Report on enteric fever
Disease focus: Fever
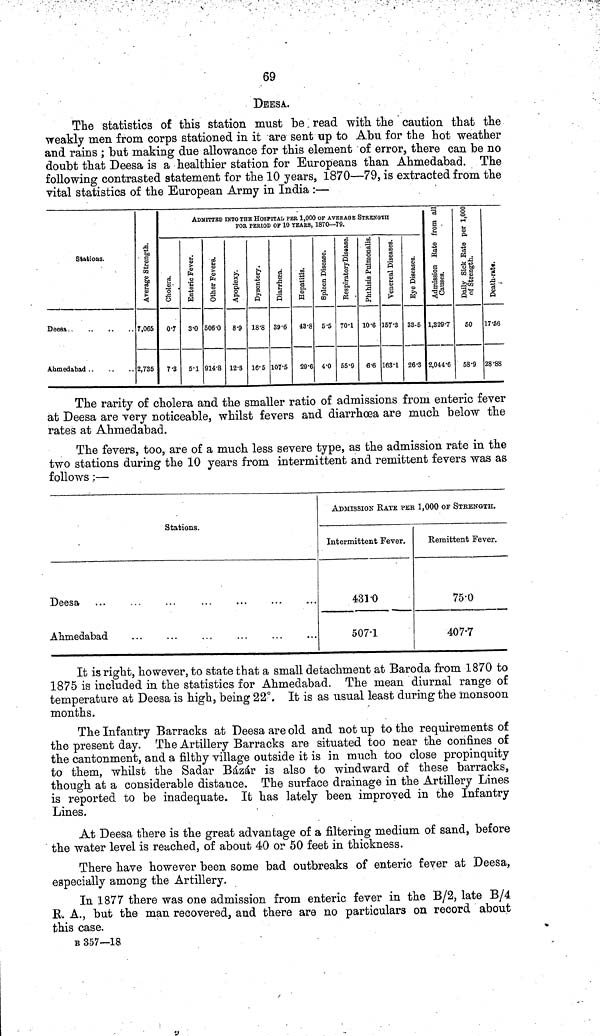
69
DEESA.
The statistics of this station must be read with the caution that the
weakly men from corps stationed in it are sent up to Abu for the hot weather
and rains; but making due allowance for this element of error, there can be no
doubt that Deesa is a healthier station for Europeans than Ahmedabad. The
following contrasted statement for the 10 years, 1870—79, is extracted from the
vital statistics of the European Army in India :—
Stations.
Deesa
Ahmedabad . .
Average Strength.
7,065
2,735
ADMITTED INTO THE HOSPITAL PER 1,000 OP AVERAGE STRENGTH
FOR PERIOD OF 10 YEARS, 1870—79.
Cholera.
0 7
7 3
Enteric Fever.
3 0
5 1
506 0
914 8
Apoplexy.
8 9
12 8
Dysentery.
18 8
16 5
Diarrhœa.
39 6
107 5
Hepatitls.
43 8
29 6
Spleen Disease.
5 5
4 0
Respiratory Disease.
70 1
55 9
Phthisis Pulmonalis.
10 6
6 6
Vernereal Diseases.
157 3
163 1
Eye Diseases.
33 5
26 3
Admission Rate fr
causes.
1,329 7
2,044 6
Daily Suck Rate per 1,00
of Strength.
50
58 9
Death rate.
17 36
28 88
The rarity of cholera and the smaller ratio of admissions from enteric fever
at Deesa are very noticeable, whilst fevers and diarrhoea are much below the
rates at Ahmedabad.
The fevers, too, are of a much less severe type, as the admission rate in the
two stations during the 10 years from intermittent and remittent fevers was as
follows :—
Stations.
Deesa
Ahmedabad
ADMISSION RATS PEr 1,000 OF STRENGTH.
Intermittent Fever.
433 0
507 1
Remittent Fever.
75 0
407 7
It is right, however, to state that a small detachment at Baroda from 1870 to
1875 is included in the statistics for Ahmedabad. The mean diurnal range of
temperature at Deesa is high, being 22°. It is as usual least during the monsoon
months.
The Infantry Barracks at Deesa are old and not up to the requirements of
the present day. The Artillery Barracks are situated too near the confines of
the cantonment, and a filthy village outside it is in much too close propinquity
to them, whilst the Sadar Bázár is also to windward of these barracks,
though at a considerable distance. The surface drainage in the Artillery Lines
is reported to be inadequate. It has lately been improved in the Infantry
Lines.
At Deesa there is the great advantage of a filtering medium of sand, before
the water level is reached, of about 40 or 50 feet in thickness.
There have however been some bad outbreaks of enteric fever at Deesa,
especially among the Artillery.
In 1877 there was one admission from enteric fever in the B/2, late B/4
R. A., but the man recovered, and there are no particulars on record about
this case.
B 357—18